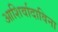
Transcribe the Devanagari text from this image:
आशिर्वादाविना